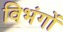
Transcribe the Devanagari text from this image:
विभंगों